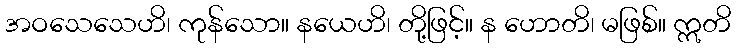
အဝသေသေဟိ၊ ကုန်သော။ နယေဟိ၊ တို့ဖြင့်။ န ဟောတိ၊ မဖြစ်။ ဣတိ